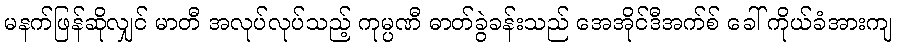
မနက်ဖြန်ဆိုလျှင် မာတီ အလုပ်လုပ်သည့် ကုမ္ပဏီ ဓာတ်ခွဲခန်းသည် အေအိုင်ဒီအက်စ် ခေါ် ကိုယ်ခံအားကျ